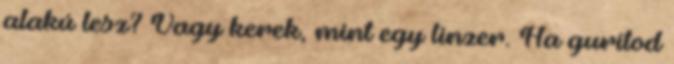
alakú lesz? Vagy kerek, mint egy linzer. Ha gurítod